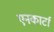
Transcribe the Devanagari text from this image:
एनकार्टा